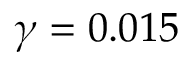
\gamma = 0 . 0 1 5